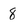
Character: 8